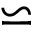
\backsimeq